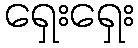
ရှေးရှေး